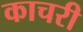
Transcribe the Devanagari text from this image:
काचरी